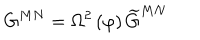
G ^ { M N } = \Omega ^ { 2 } \left( \varphi \right) \widetilde { G } ^ { M N }